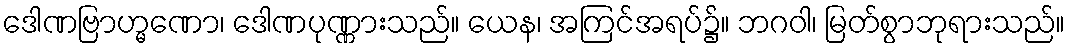
ဒေါဏဗြာဟ္မဏော၊ ဒေါဏပုဏ္ဏားသည်။ ယေန၊ အကြင်အရပ်၌။ ဘဂဝါ၊ မြတ်စွာဘုရားသည်။